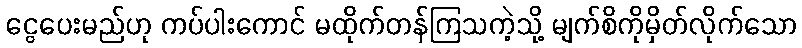
ငွေပေးမည်ဟု ကပ်ပါးကောင် မထိုက်တန်ကြသကဲ့သို့ မျက်စိကိုမှိတ်လိုက်သော